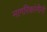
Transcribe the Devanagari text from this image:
नागरिकांनीनी